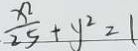
\frac { x ^ { 2 } } { . 2 5 } + y ^ { 2 } = 1